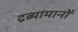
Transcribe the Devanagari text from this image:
द्रब्यामानों